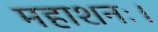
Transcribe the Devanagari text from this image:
महाशनः।